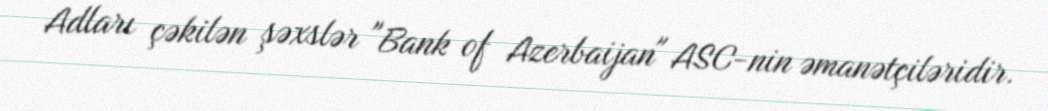
Adları çəkilən şəxslər "Bank of Azerbaijan" ASC-nin əmanətçiləridir.